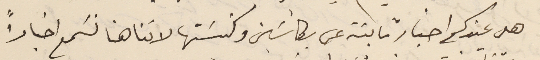
هل عندكم اخبار ثابتة عن بكاسَين وكنيسَتها لاننا هنا نسَمع اخباراً